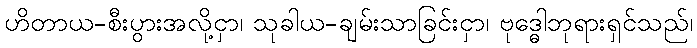
ဟိတာယ-စီးပွားအလို့ငှာ၊ သုခါယ-ချမ်းသာခြင်းငှာ၊ ဗုဒ္ဓေါဘုရားရှင်သည်၊